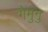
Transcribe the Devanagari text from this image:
गेमुनु